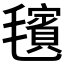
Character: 𪵢